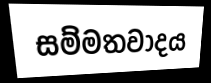
සම්මතවාදය